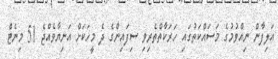
އަލިފާން ނިއްވުމުގެ މަސައްކަތުގައި ހަރަކާތްތެރިވި ސިފައިންގެ ދެ މީހަކަށް އަނިޔާވެއްޖެ 51 މިނެޓް